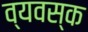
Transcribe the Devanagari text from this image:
व्यवस्क